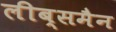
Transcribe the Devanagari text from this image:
लीब्समैन